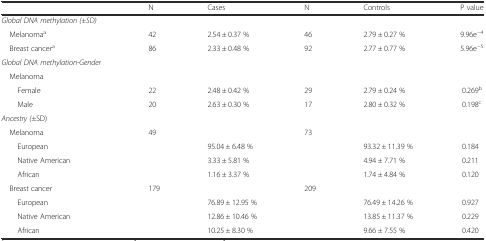
<table><thead><tr><td></td><td><b>N</b></td><td><b>Cases</b></td><td><b>N</b></td><td><b>Controls</b></td><td><b>P value</b></td></tr></thead><tbody><tr><td><i>Global DNA methylation (±SD)</i></td><td></td><td></td><td></td><td></td><td></td></tr><tr><td> Melanoma<sup>a</sup></td><td>42</td><td>2.54 ± 0.37 %</td><td>46</td><td>2.79 ± 0.27 %</td><td>9.96e<sup>−4</sup></td></tr><tr><td> Breast cancer<sup>a</sup></td><td>86</td><td>2.33 ± 0.48 %</td><td>92</td><td>2.77 ± 0.77 %</td><td>5.96e<sup>−5</sup></td></tr><tr><td><i>Global DNA methylation-Gender</i></td><td></td><td></td><td></td><td></td><td></td></tr><tr><td> Melanoma</td><td></td><td></td><td></td><td></td><td></td></tr><tr><td>Female</td><td>22</td><td>2.48 ± 0.42 %</td><td>29</td><td>2.79 ± 0.24 %</td><td>0.269<sup>b</sup></td></tr><tr><td>Male</td><td>20</td><td>2.63 ± 0.30 %</td><td>17</td><td>2.80 ± 0.32 %</td><td>0.198<sup>c</sup></td></tr><tr><td><i>Ancestry (</i>±SD)</td><td></td><td></td><td></td><td></td><td></td></tr><tr><td> Melanoma</td><td>49</td><td></td><td>73</td><td></td><td></td></tr><tr><td>European</td><td></td><td>95.04 ± 6.48 %</td><td></td><td>93.32 ± 11.39 %</td><td>0.184</td></tr><tr><td>Native American</td><td></td><td>3.33 ± 5.81 %</td><td></td><td>4.94 ± 7.71 %</td><td>0.211</td></tr><tr><td>African</td><td></td><td>1.16 ± 3.37 %</td><td></td><td>1.74 ± 4.84 %</td><td>0.120</td></tr><tr><td> Breast cancer</td><td>179</td><td></td><td>209</td><td></td><td></td></tr><tr><td>European</td><td></td><td>76.89 ± 12.95 %</td><td></td><td>76.49 ± 14.26 %</td><td>0.927</td></tr><tr><td>Native American</td><td></td><td>12.86 ± 10.46 %</td><td></td><td>13.85 ± 11.37 %</td><td>0.229</td></tr><tr><td>African</td><td></td><td>10.25 ± 8.30 %</td><td></td><td>9.66 ± 7.55 %</td><td>0.420</td></tr></tbody></table>